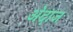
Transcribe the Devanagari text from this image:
अ॓दाज